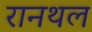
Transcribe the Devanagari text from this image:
रानथल